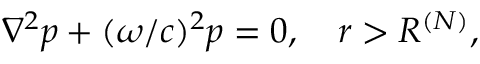
\begin{array} { r } { \nabla ^ { 2 } p + ( \omega / c ) ^ { 2 } p = 0 , \quad r > R ^ { ( N ) } , } \end{array}